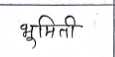
मजकूर: भूमिती